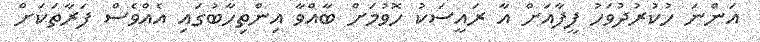
އަންނަ ހުކުރުދުވަހު ފީފާއަށް އާ ރައީސަކު ހޮވުމަށް ބާއްވާ އިންތިހާބުގައި އެއްވެސް ފަރާތަކަށް